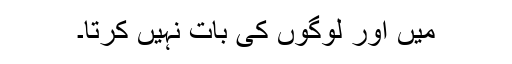
میں اور لوگوں کی بات نہیں کرتا۔